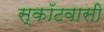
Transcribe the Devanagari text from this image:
स्कॉटवासी